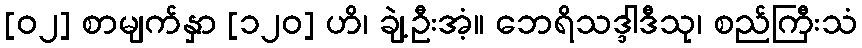
[၀၂] စာမျက်နှာ [၁၂၀] ဟိ၊ ချဲ့ဦးအံ့။ ဘေရိသဒ္ဒါဒီသု၊ စည်ကြီးသံ